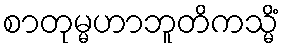
စာတုမ္မဟာဘူတိကသ္မိံ